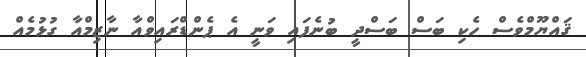
ޤައްޔޫމްވެސް ހެކި ބަސް ބަސްދީ ބުނެފައި ވަނީ އެ ޕެންޑްރައިވްއާ ނާޒިމްއާ ގުޅުމެއް